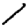
Digit: 1